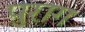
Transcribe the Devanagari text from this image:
पुराग